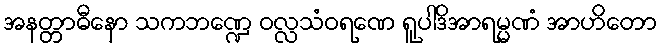
အနတ္တာဓီနော သကဘဏ္ဍေ ဝလ္လသံဝရဏေ ရူပါဒိအာရမ္မဏံ အာဟိတော